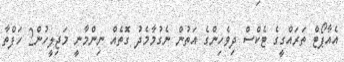
އެއާޕޯޓް ތަރައްގީގެ ޓެކްސް ދިވެހިންގެ އަތުން ނެގުމާމެދު ގޮތެއް ނިންމާނީ މަޖިލީހުން2 ހަފްތާ